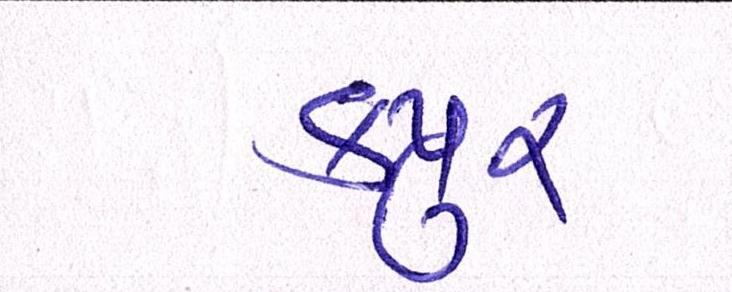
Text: કપુર